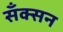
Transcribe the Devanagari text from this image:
सँक्सन